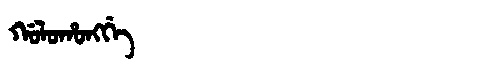
Manchu: ᡤᠣᠯᠣᡥᠣᠩᡤᡝ
Romanization: GOLOHONGGE